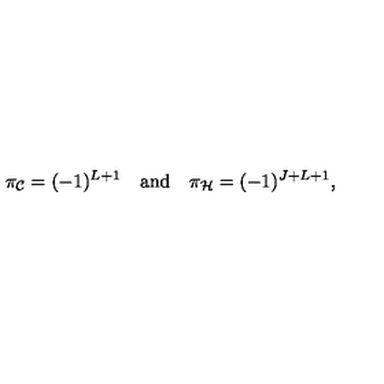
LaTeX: \pi _ { \cal C } = ( - 1 ) ^ { L + 1 } \quad \mathrm { a n d } \quad \pi _ { \cal H } = ( - 1 ) ^ { J + L + 1 } ,